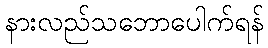
နားလည်သဘောပေါက်ရန်